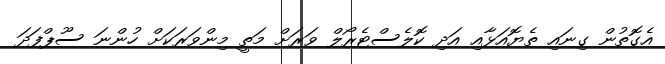
އެގޮތުން ގިނައި ތެޔޮއަޅާއި އަދި ކޮލެސްޓެރޯލް ވަރަށް މަތީ މިންވަރަކަށް ހުންނަ ސޫޕްފަދަ